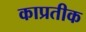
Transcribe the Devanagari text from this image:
काप्रतीक